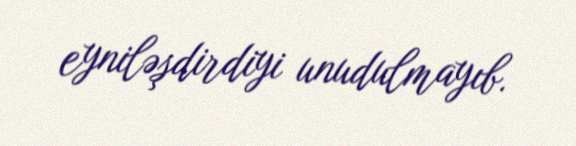
eyniləşdirdiyi unudulmayıb.